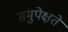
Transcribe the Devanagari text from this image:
समुपेक्षते